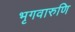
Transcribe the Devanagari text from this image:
भृगवारुणि